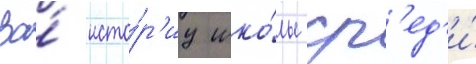
За́ исто́р'иу шко́лы ср'ед'и́